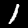
Label: 1